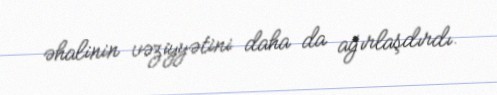
əhalinin vəziyyətini daha da ağırlaşdırdı.